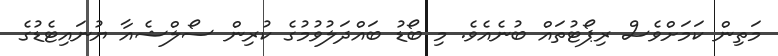
މަތިން ކަމަށްވެސް ރިޕޯޓުތައް ބުނެއެވެ. މި ބޯޑު ބައްދަލުވުމުގެ ކުރިން ސޯލްޝެއާ ޔުނައިޓެޑުގެ